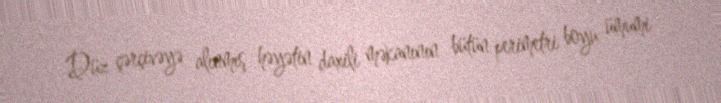
Düz çərçivəyə alınmış həyətin daxili məkanının bütün perimetri boyu ümumi